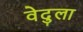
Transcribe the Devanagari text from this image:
वेदुला